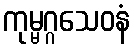
ကုမ္မဂ္ဂသေဝနံ